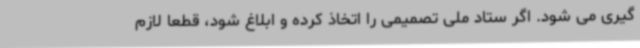
گیری می شود. اگر ستاد ملی تصمیمی را اتخاذ کرده و ابلاغ شود، قطعا لازم